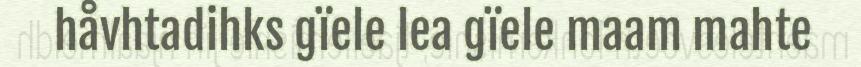
håvhtadihks gïele lea gïele maam mahte